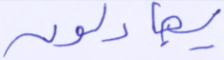
يجادلون